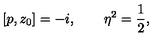
\left[ p , z _ { 0 } \right] = - i , \qquad \eta ^ { 2 } = \frac 1 2 ,